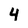
Character: 4